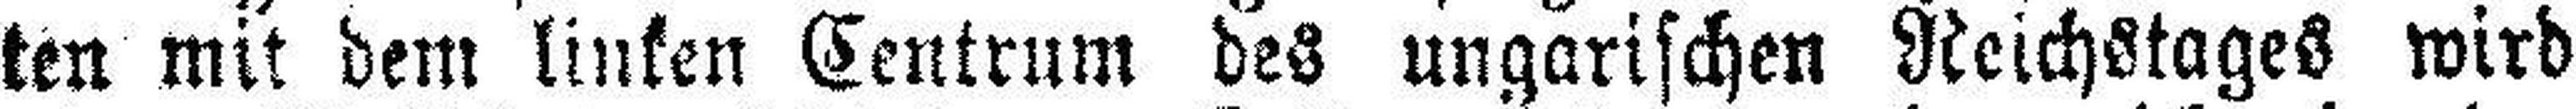
ten mit dem linken Centrum des ungarischen Reichstages wird